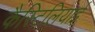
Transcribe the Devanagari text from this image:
कैस्टिलियाई